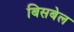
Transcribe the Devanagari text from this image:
बिसबेल